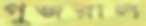
গুজরাল